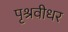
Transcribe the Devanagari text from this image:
पृश्रवीधर